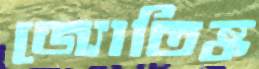
জ্যোতিষ্ক